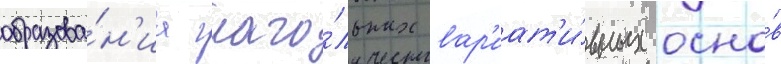
образова́н'иа глаго́льных вар'иат'и́вных осно́в